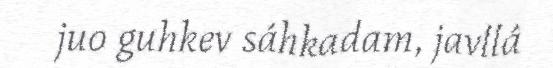
juo guhkev sáhkadam, javllá